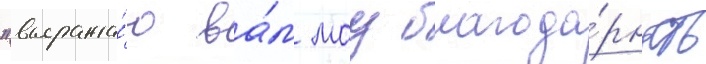
"выража́ю ва́м моу благода́рность